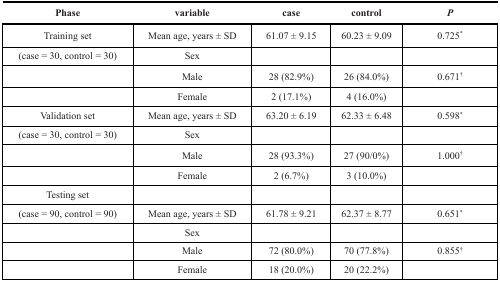
| Phase | variable | case | control | P |
 | --- | --- | --- | --- | --- |
 | Training set | Mean age, years ± SD | 61.07 ± 9.15 | 60.23 ± 9.09 | 0.725* |
 | (case = 30, control = 30) | Sex |  |  |  |
 |  | Male | 28 (82.9%) | 26 (84.0%) | 0.671† |
 |  | Female | 2 (17.1%) | 4 (16.0%) |  |
 | Validation set | Mean age, years ± SD | 63.20 ± 6.19 | 62.33 ± 6.48 | 0.598* |
 | (case = 30, control = 30) | Sex |  |  |  |
 |  | Male | 28 (93.3%) | 27 (90/0%) | 1.000† |
 |  | Female | 2 (6.7%) | 3 (10.0%) |  |
 | Testing set |  |  |  |  |
 | (case = 90, control = 90) | Mean age, years ± SD | 61.78 ± 9.21 | 62.37 ± 8.77 | 0.651* |
 |  | Sex |  |  |  |
 |  | Male | 72 (80.0%) | 70 (77.8%) | 0.855† |
 |  | Female | 18 (20.0%) | 20 (22.2%) |  |